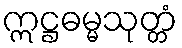
ဣဋ္ဌဓမ္မသုတ္တံ